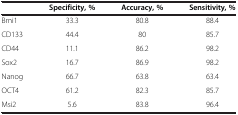
|  | Specificity, % | Accuracy, % | Sensitivity, % |
 | --- | --- | --- | --- |
 | Bmi1 | 33.3 | 80.8 | 88.4 |
 | CD133 | 44.4 | 80 | 85.7 |
 | CD44 | 11.1 | 86.2 | 98.2 |
 | Sox2 | 16.7 | 86.9 | 98.2 |
 | Nanog | 66.7 | 63.8 | 63.4 |
 | OCT4 | 61.2 | 82.3 | 85.7 |
 | Msi2 | 5.6 | 83.8 | 96.4 |